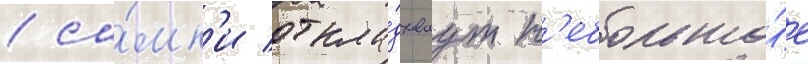
/ са́мк'и откла́дываут н'ебольшо́е